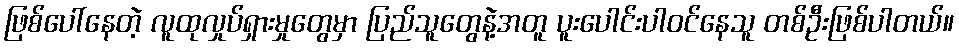
ဖြစ်ပေါ်နေတဲ့ လူထုလှုပ်ရှားမှုတွေမှာ ပြည်သူတွေနဲ့အတူ ပူးပေါင်းပါဝင်နေသူ တစ်ဦးဖြစ်ပါတယ်။